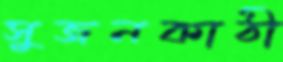
সুজনকাঠী